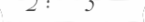
٩٢